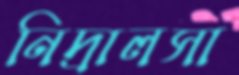
নিদ্রালসা